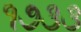
૧૭૩૩